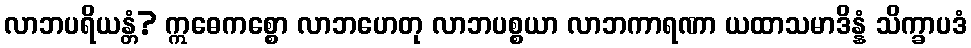
လာဘပရိယန္တံ? ဣဓေကစ္စော လာဘဟေတု လာဘပစ္စယာ လာဘကာရဏာ ယထာသမာဒိန္နံ သိက္ခာပဒံ